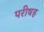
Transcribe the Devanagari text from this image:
परीषह